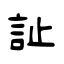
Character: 訨